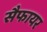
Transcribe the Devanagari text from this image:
सैफायर